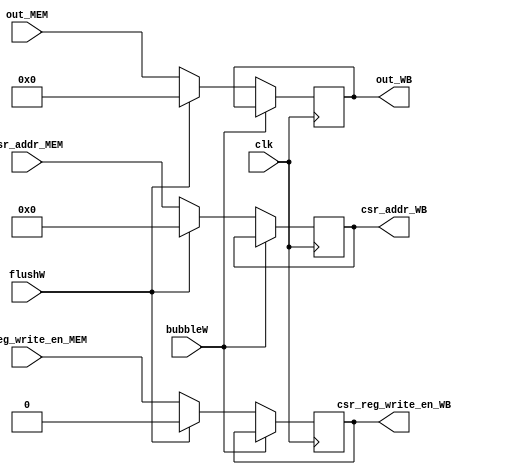
`timescale 1ns / 1ps
//////////////////////////////////////////////////////////////////////////////////
// Company: USTC ESLAB
// 
// Design Name: RV32I Core
// Module Name: Operator 1 Seg Reg
// Tool Versions: Vivado 2017.4.1
// Description: Operator 1 Seg Reg for ID\EX
// 
//////////////////////////////////////////////////////////////////////////////////


//  
    // ID\EXCSR
// 
    // clk               
    // reg1              General Register File1
    // reg2              Csr Register File1
    // bubbleE           EXbubble
    // flushE            EXflush
// 
    // reg1_EX           1
    // reg2_EX           1
//   
    // 

module Csr_WB(
    input wire clk, bubbleW, flushW,
    input wire csr_reg_write_en_MEM,
    input wire [11:0]csr_addr_MEM,
    input wire [31:0] out_MEM,
    output reg [31:0] out_WB,
    output reg [11:0]csr_addr_WB,
    output reg csr_reg_write_en_WB
    );

    initial 
    begin
    csr_reg_write_en_WB = 0;
    csr_addr_WB = 0;
    out_WB = 0;
    end
    
    always@(posedge clk)
        if (!bubbleW) 
        begin
            if (flushW)
            begin
                csr_reg_write_en_WB = 0;
                csr_addr_WB = 0;
                out_WB = 0;
            end
            else 
            begin
                csr_reg_write_en_WB = csr_reg_write_en_MEM;
                csr_addr_WB = csr_addr_MEM;
                out_WB = out_MEM;
            end
        end
    
endmodule